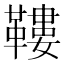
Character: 鞻